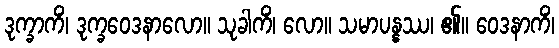
ဒုက္ခာကိံ၊ ဒုက္ခဝေဒနာလော။ သုခါကိံ၊ လော။ သမာပန္နဿ၊ ၏။ ဝေဒနာကိံ၊